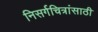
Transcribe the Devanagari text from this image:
निसर्गचित्रांसाठी